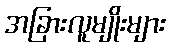
အခြားလူမျိုးများ